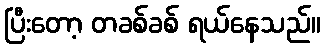
ပြီးတော့ တခစ်ခစ် ရယ်နေသည်။